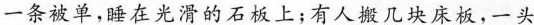
一条被单，睡在光滑的石板上；有人搬几块床板，一头